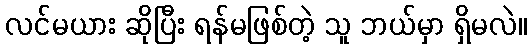
လင်မယား ဆိုပြီး ရန်မဖြစ်တဲ့ သူ ဘယ်မှာ ရှိမလဲ။